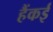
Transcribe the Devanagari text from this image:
हैंकई